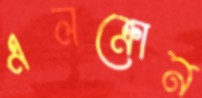
এলক্রোন